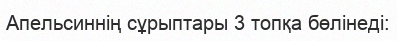
Апельсиннің сұрыптары 3 топқа бөлінеді: